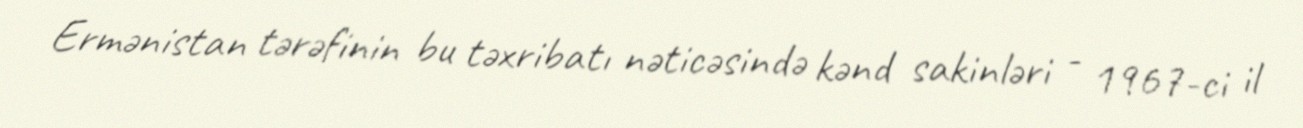
Ermənistan tərəfinin bu təxribatı nəticəsində kənd sakinləri - 1967-ci il